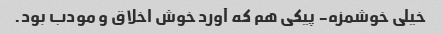
خیلی خوشمزه- پیکی هم که آورد خوش اخلاق و مودب بود.